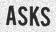
ASKS